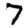
Digit: 7